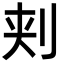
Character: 刾